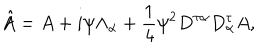
LaTeX: \hat { A } = A + i \psi \Lambda _ { \alpha } + \frac { 1 } { 4 } \psi ^ { 2 } { D ^ { \tau \alpha } D _ { \alpha } ^ { \tau } } A ,